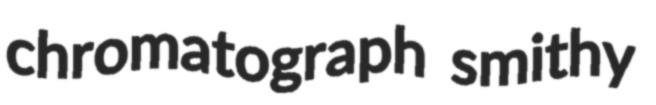
chromatograph smithy